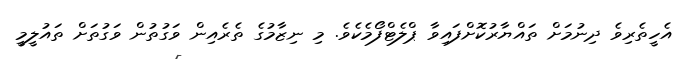
އެހީތެރިވެ ދިނުމަށް ތައްޔާރުކޮށްފައިވާ ޕްލެޓްފޯމެކެވެ. މި ނިޒާމުގެ ތެރެއިން ވަގުތުން ވަގުތަށް ތައުލީމީ